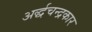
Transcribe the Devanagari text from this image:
अर्द्धचन्द्रकार